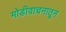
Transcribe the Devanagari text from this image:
मोडीवाचनातून